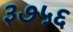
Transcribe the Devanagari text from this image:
३७५६